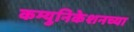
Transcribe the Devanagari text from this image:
कम्युनिकेशनच्या